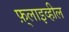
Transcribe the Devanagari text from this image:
फ़्लाइव्हील